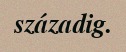
századig.